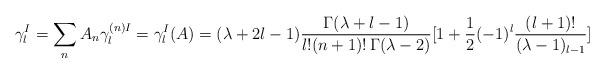
LaTeX: \begin{align*} \gamma^{I}_l = \sum_n A_n \gamma^{(n) I}_l=\gamma^{I}_l(A) = (\lambda +2l-1) \frac{\Gamma(\lambda +l-1)}{l! (n+1)! \, \Gamma(\lambda-2)}[1+\frac{1}{2}(-1)^l \frac{(l+1)!}{(\lambda-1)_{l-1}}]\end{align*}